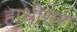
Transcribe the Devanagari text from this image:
हाथीसरा